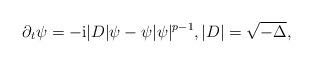
LaTeX: \begin{align*}\partial_t \psi =-\mathrm i |D| \psi - \psi |\psi|^{p-1},|D|=\sqrt{- \Delta},\end{align*}